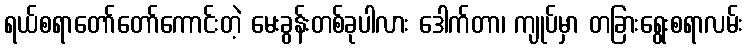
ရယ်စရာတော်တော်ကောင်းတဲ့ မေးခွန်းတစ်ခုပါလား ဒေါက်တာ၊ ကျုပ်မှာ တခြားရွေးစရာလမ်း